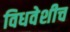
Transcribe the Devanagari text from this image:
विधवेशीच